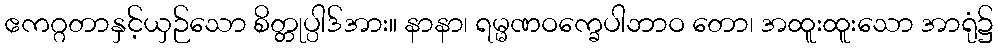
ဧကဂ္ဂတာနှင့်ယှဉ်သော စိတ္တုပ္ပါဒ်အား။ နာနာ၊ ရမ္မဏဝက္ခေပါဘာဝ တော၊ အထူးထူးသော အာရုံ၌